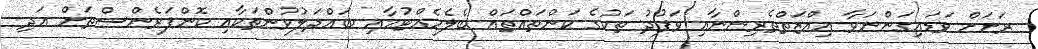
ރަށަށް ވަޑައިގަންނަވާ ޢިއްޒަތްތެރިންނާއި ވަފުދު ތަކުގެ ކަންތައްތައް ބެލެހެއްޓުމާއި ބައްދަލުވުންތަކާއި ކޮންފަރެންސްތަށް އަދި